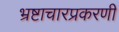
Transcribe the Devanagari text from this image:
भ्रष्टाचारप्रकरणी